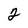
Character: 2